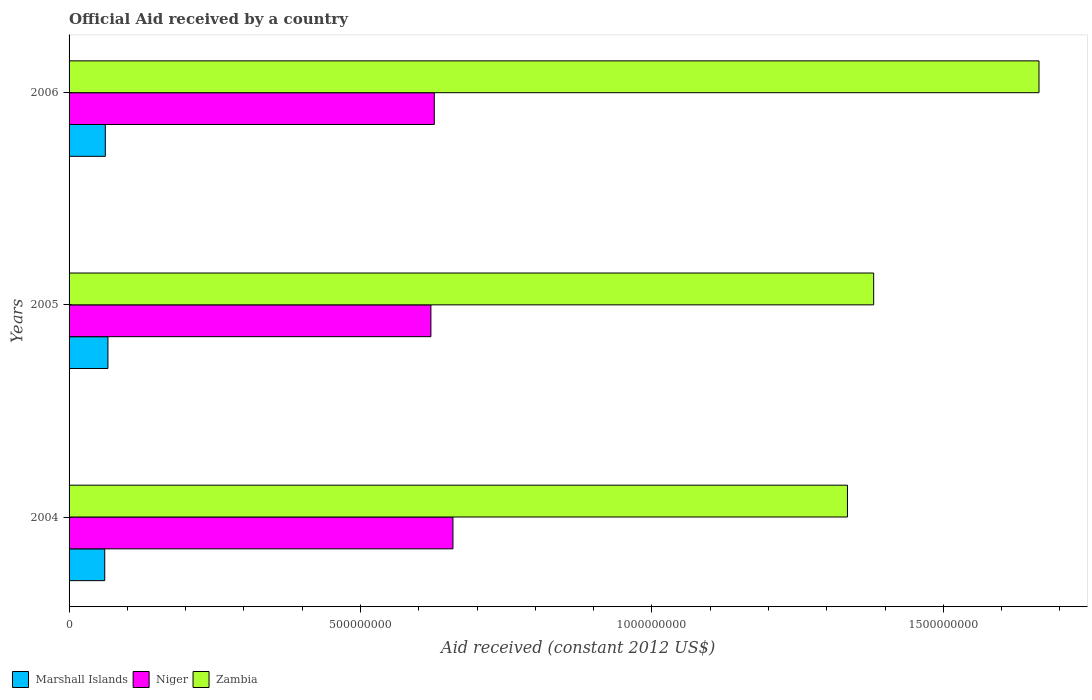
| Years | Marshall Islands | Niger | Zambia |
 | --- | --- | --- | --- |
 | 2004 | 6.12e+07 | 6.59e+08 | 1.34e+09 |
 | 2005 | 6.67e+07 | 6.21e+08 | 1.38e+09 |
 | 2006 | 6.22e+07 | 6.27e+08 | 1.66e+09 |